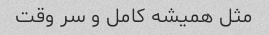
مثل همیشه کامل و سر وقت